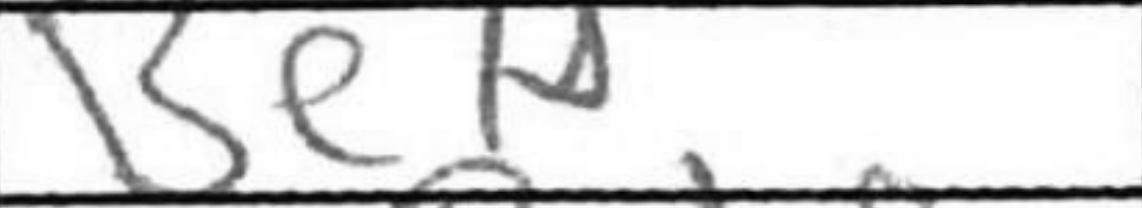
Transcription: Be7